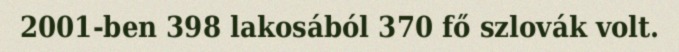
2001-ben 398 lakosából 370 fő szlovák volt.